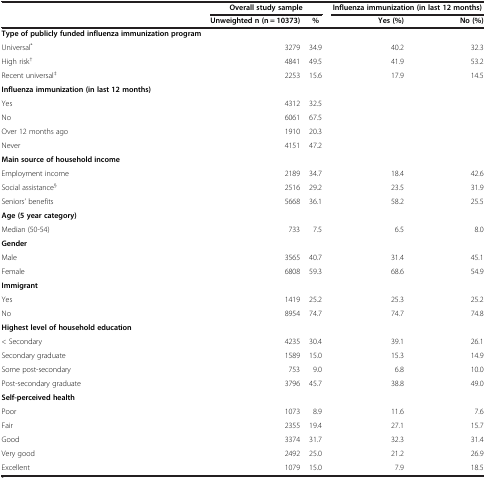
<table><thead><tr><td>[EMPTY_CELL]</td><td colspan="2"><b>Overall study sample</b></td><td colspan="2"><b>Influenza immunization (in last 12 months)</b></td></tr><tr><td>[EMPTY_CELL]</td><td><b>Unweighted n (n = 10373)</b></td><td><b>%</b></td><td><b>Yes (%)</b></td><td><b>No (%)</b></td></tr></thead><tbody><tr><td><b>Type of publicly funded influenza immunization program</b></td><td>[EMPTY_CELL]</td><td>[EMPTY_CELL]</td><td>[EMPTY_CELL]</td><td>[EMPTY_CELL]</td></tr><tr><td>Universal<sup>*</sup></td><td>3279</td><td>34.9</td><td>40.2</td><td>32.3</td></tr><tr><td>High risk<sup>†</sup></td><td>4841</td><td>49.5</td><td>41.9</td><td>53.2</td></tr><tr><td>Recent universal<sup>‡</sup></td><td>2253</td><td>15.6</td><td>17.9</td><td>14.5</td></tr><tr><td><b>Influenza immunization (in last 12 months)</b></td><td>[EMPTY_CELL]</td><td>[EMPTY_CELL]</td><td>[EMPTY_CELL]</td><td>[EMPTY_CELL]</td></tr><tr><td>Yes</td><td>4312</td><td>32.5</td><td>[EMPTY_CELL]</td><td>[EMPTY_CELL]</td></tr><tr><td>No</td><td>6061</td><td>67.5</td><td>[EMPTY_CELL]</td><td>[EMPTY_CELL]</td></tr><tr><td>Over 12 months ago</td><td>1910</td><td>20.3</td><td>[EMPTY_CELL]</td><td>[EMPTY_CELL]</td></tr><tr><td>Never</td><td>4151</td><td>47.2</td><td>[EMPTY_CELL]</td><td>[EMPTY_CELL]</td></tr><tr><td><b>Main source of household income</b></td><td>[EMPTY_CELL]</td><td>[EMPTY_CELL]</td><td>[EMPTY_CELL]</td><td>[EMPTY_CELL]</td></tr><tr><td>Employment income</td><td>2189</td><td>34.7</td><td>18.4</td><td>42.6</td></tr><tr><td>Social assistance<sup>§</sup></td><td>2516</td><td>29.2</td><td>23.5</td><td>31.9</td></tr><tr><td>Seniors’ benefits</td><td>5668</td><td>36.1</td><td>58.2</td><td>25.5</td></tr><tr><td><b>Age (5 year category)</b></td><td>[EMPTY_CELL]</td><td>[EMPTY_CELL]</td><td>[EMPTY_CELL]</td><td>[EMPTY_CELL]</td></tr><tr><td>Median (50-54)</td><td>733</td><td>7.5</td><td>6.5</td><td>8.0</td></tr><tr><td><b>Gender</b></td><td>[EMPTY_CELL]</td><td>[EMPTY_CELL]</td><td>[EMPTY_CELL]</td><td>[EMPTY_CELL]</td></tr><tr><td>Male</td><td>3565</td><td>40.7</td><td>31.4</td><td>45.1</td></tr><tr><td>Female</td><td>6808</td><td>59.3</td><td>68.6</td><td>54.9</td></tr><tr><td><b>Immigrant</b></td><td>[EMPTY_CELL]</td><td>[EMPTY_CELL]</td><td>[EMPTY_CELL]</td><td>[EMPTY_CELL]</td></tr><tr><td>Yes</td><td>1419</td><td>25.2</td><td>25.3</td><td>25.2</td></tr><tr><td>No</td><td>8954</td><td>74.7</td><td>74.7</td><td>74.8</td></tr><tr><td><b>Highest level of household education</b></td><td>[EMPTY_CELL]</td><td>[EMPTY_CELL]</td><td>[EMPTY_CELL]</td><td>[EMPTY_CELL]</td></tr><tr><td>&lt; Secondary</td><td>4235</td><td>30.4</td><td>39.1</td><td>26.1</td></tr><tr><td>Secondary graduate</td><td>1589</td><td>15.0</td><td>15.3</td><td>14.9</td></tr><tr><td>Some post-secondary</td><td>753</td><td>9.0</td><td>6.8</td><td>10.0</td></tr><tr><td>Post-secondary graduate</td><td>3796</td><td>45.7</td><td>38.8</td><td>49.0</td></tr><tr><td><b>Self-perceived health</b></td><td>[EMPTY_CELL]</td><td>[EMPTY_CELL]</td><td>[EMPTY_CELL]</td><td>[EMPTY_CELL]</td></tr><tr><td>Poor</td><td>1073</td><td>8.9</td><td>11.6</td><td>7.6</td></tr><tr><td>Fair</td><td>2355</td><td>19.4</td><td>27.1</td><td>15.7</td></tr><tr><td>Good</td><td>3374</td><td>31.7</td><td>32.3</td><td>31.4</td></tr><tr><td>Very good</td><td>2492</td><td>25.0</td><td>21.2</td><td>26.9</td></tr><tr><td>Excellent</td><td>1079</td><td>15.0</td><td>7.9</td><td>18.5</td></tr></tbody></table>